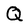
Character: Q